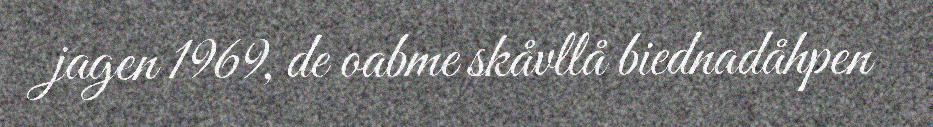
jagen 1969, de oabme skåvllå biednadåhpen